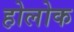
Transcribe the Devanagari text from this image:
होलोक